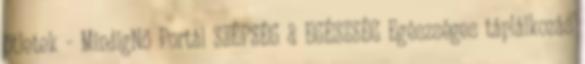
ötletek - MindigNő Portál SZÉPSÉG & EGÉSZSÉG Egészséges táplálkozás